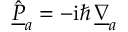
\underline { { \hat { P } } } _ { a } = - \mathrm { i } \hbar \, \underline { { \nabla } } _ { a }